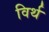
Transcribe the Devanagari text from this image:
विर्थ